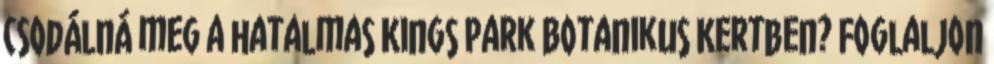
csodálná meg a hatalmas Kings Park Botanikus Kertben? Foglaljon